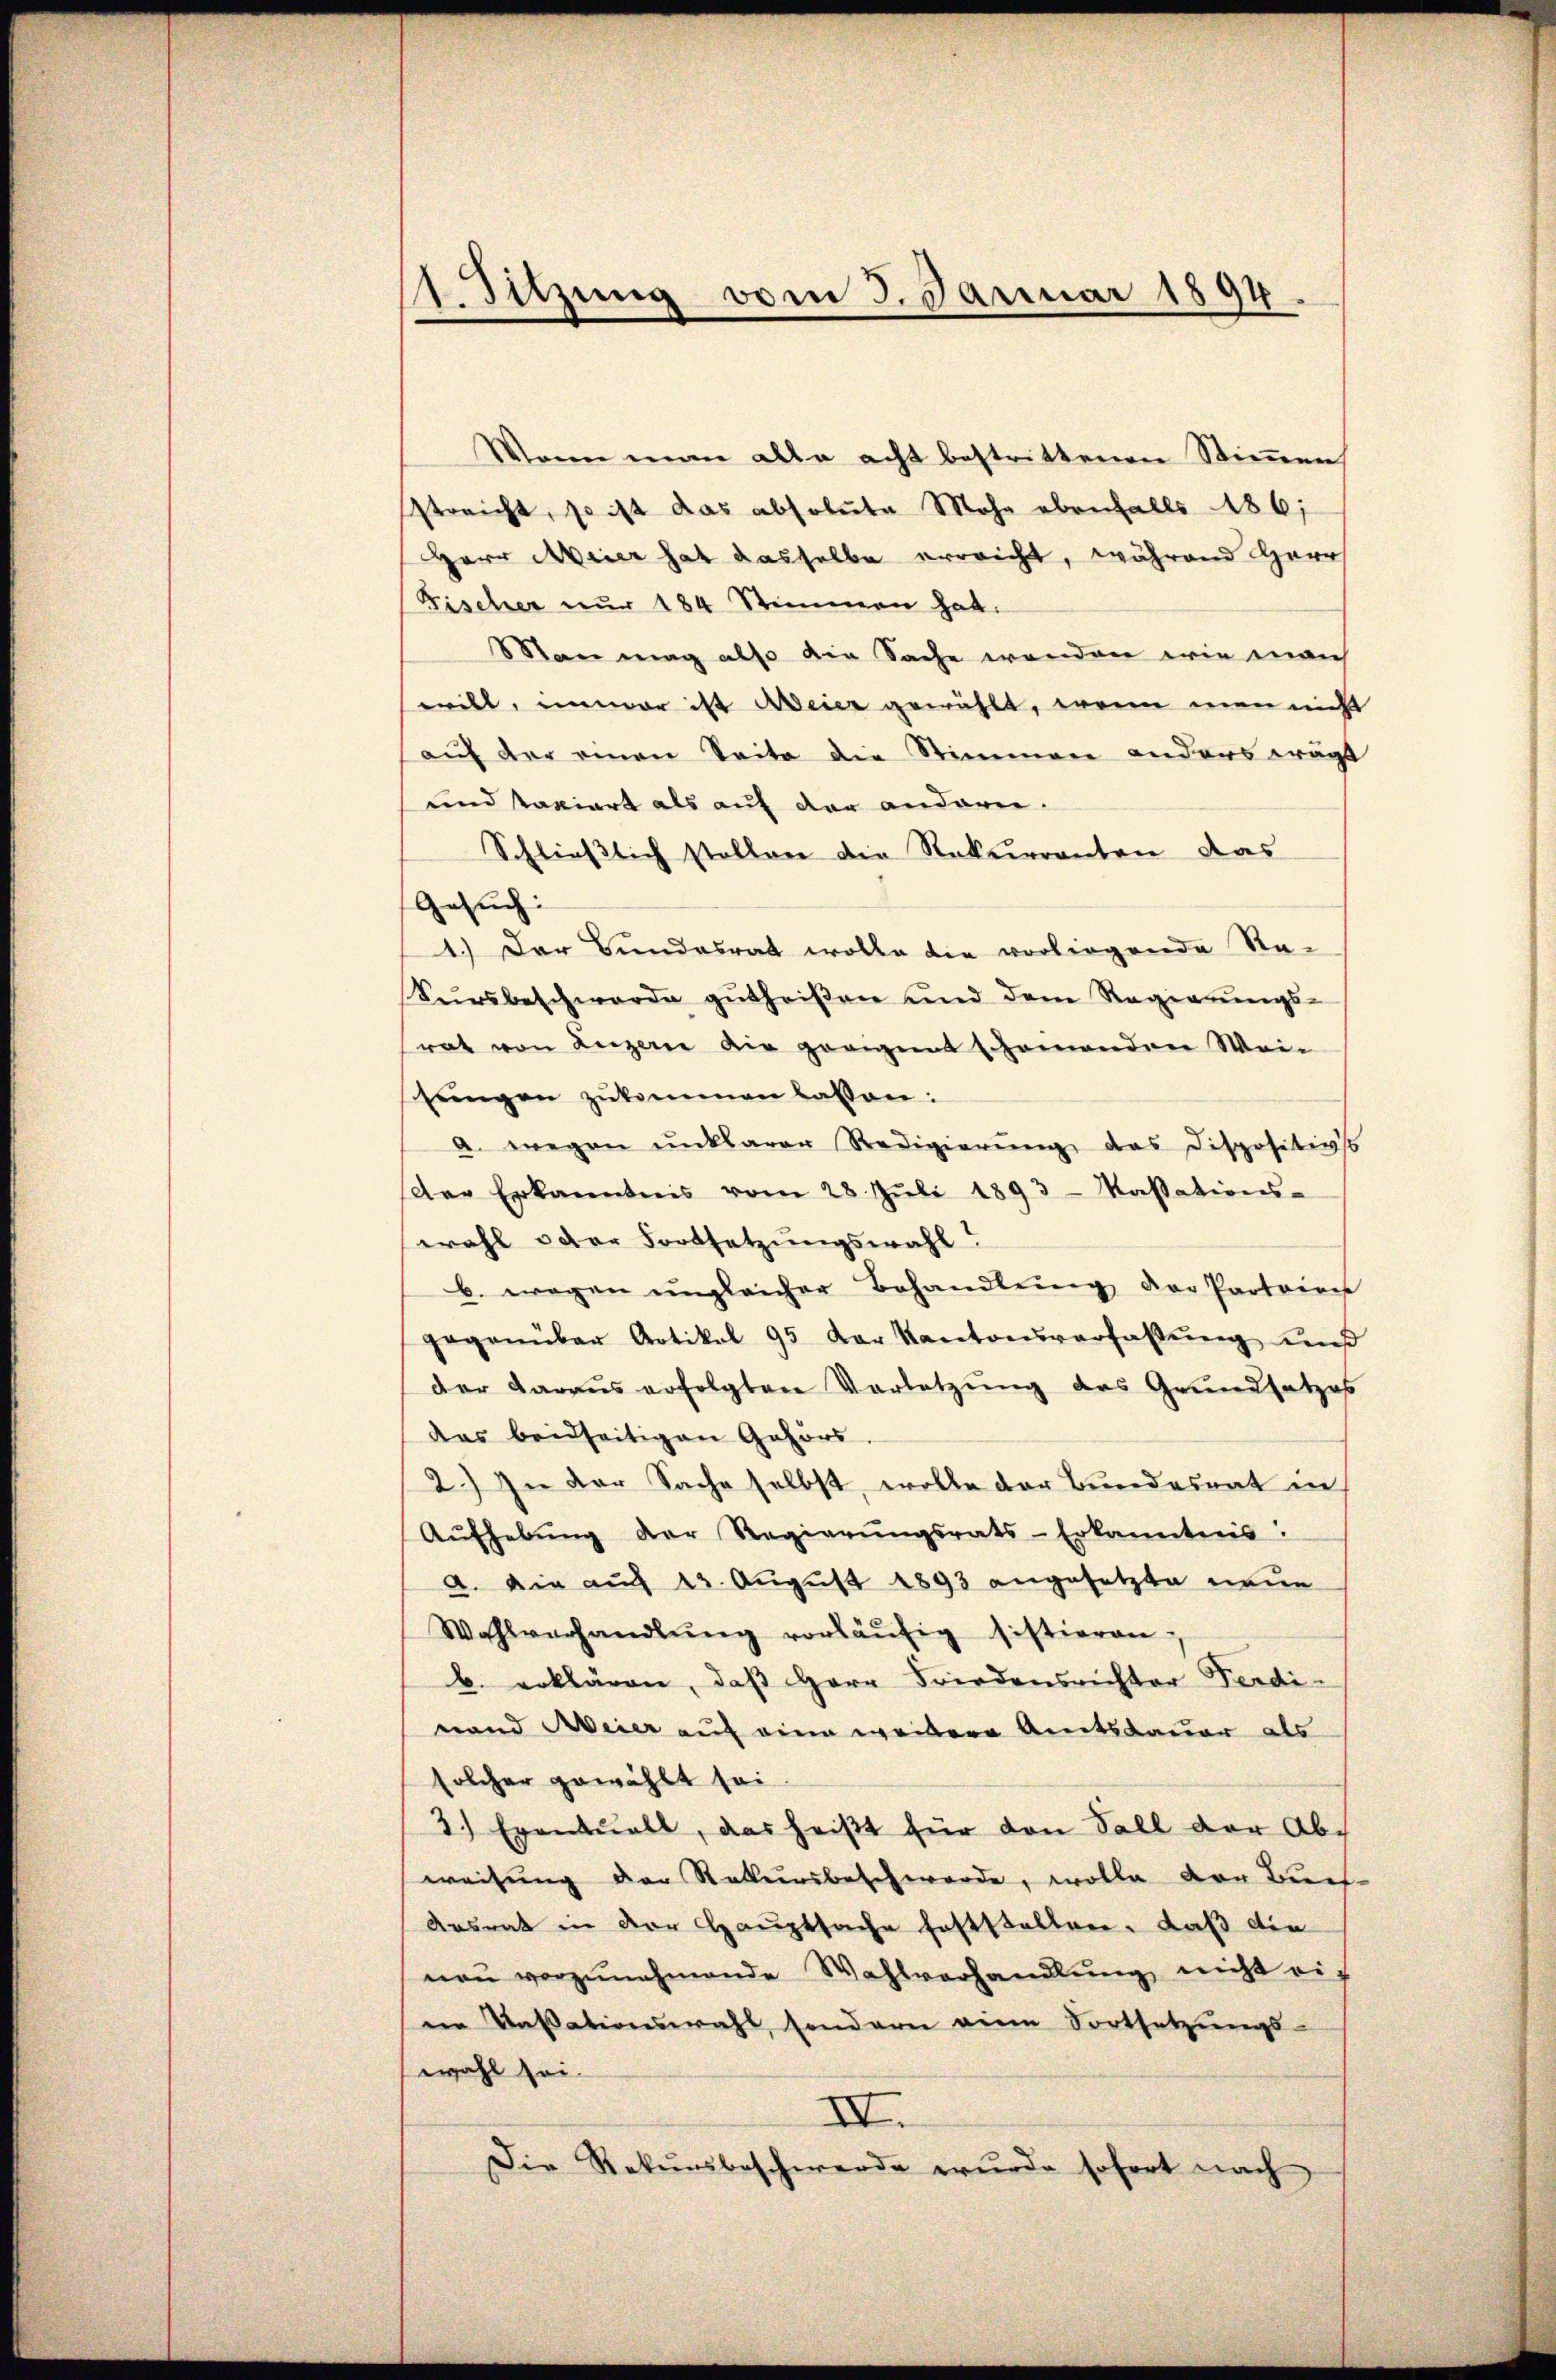
11. Sitzung vom 3. Januar 1894.

Wenn man alle acht bestrittenen Stimmen
streicht, so ist das absolute Mohr ebenfalls 186;
Herr Meier hat dasselbe erreicht, während Herr
Fischer nur 184 Stimmen hat.
Man mag also die Sache wenden wie manch
will, immer ist Meier gewählt, wenn man nicht
auf der einen Seite die Stimmen anders wagt
und taviart als auf der andern.
Schließlich stellen die Rekurrenten das
Gesuch:
1.) Der Bundesrath wolle die vorliegende Sta-
Kursbeschwerde gŭtheißen und dem Regierŭngs-
rat von Luzerne die zeigent schemenden Weisŭngen zŭkommen lassen:
a. wegen unklarer Redigierŭng das Dispositivss
Der Erkanntnis vom 28. Jŭli 1893 - Kassations-
wahl oder Fortsetzungswahl!
b. wegen ungleicher Behandlŭng der Partoires
gegenüber Artikel 95 der Kantonsverfaβŭng und
der daraus erfolgten Vorletzung des Grundsatzes
das beidseitigen Gehörs
2.) In der Sache selbst, wolle der Bundesrat in
Aŭfhebŭng der Regierŭngsrats-Erkanntnis:
a. Die auf 13. August 1893 angesetzte neue
Wahlverhandlŭng vorläŭfig sistieren;
b. erklären, daß Herr Friedensrichter Ferdinand Meier auf eine weitere Amtsdauer als
solcher gewählt sei
3.) Eventuell, das heißt für den Fall der Abweisung der Rekursbeschwerde, wolle der Buch-
Ansrat in der Hauptsache feststellen. Daß die
neŭ vorzŭnehmende Wahlverhandlŭng nicht ei-
in Kassationswahl, sondern eine Fortsetzungs-
wahl sei.
III.
Die Rekursbeschwerde wurde sofort nach